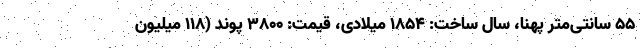
۵۵ سانتی‌متر پهنا، سال ساخت: ۱۸۵۴ میلادی، قیمت: ۳۸۰۰ پوند (۱۱۸ میلیون